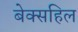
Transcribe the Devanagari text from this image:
बेक्सहिल